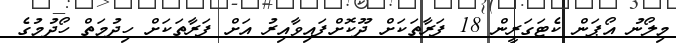
މިލޯނު އޯޕަން ކެޓަގަރީން 18 ފަރާތަކަށް ދޫކޮށްފައިވާއިރު އަށް ފަރާތަކަށް ހިދުމަތް ހޯދުމުގެ